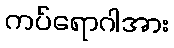
ကပ်ရောဂါအား